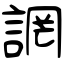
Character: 誷